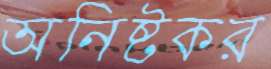
অনিষ্টকর